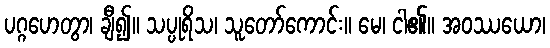
ပဂ္ဂဟေတွာ၊ ချီ၍။ သပ္ပုရိသ၊ သူတော်ကောင်း။ မေ၊ ငါ၏။ အဝဿယော၊